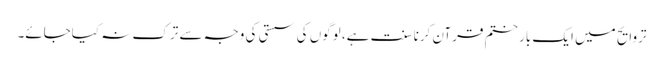
تروایح میں ایک بار ختم قرآن کرنا سنت ہے، لوگوں کی سستی کی وجہ سے ترک نہ کیاجائے۔